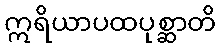
ဣရိယာပထပုစ္ဆာတိ